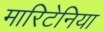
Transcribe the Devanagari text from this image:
मारिटेनिया